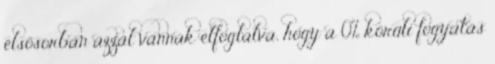
elsősorban azzal vannak elfoglalva, hogy a 0% körüli fogyatás